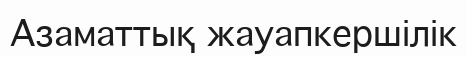
Азаматтық жауапкершілік